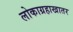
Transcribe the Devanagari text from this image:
लोकाग्रहाखातर